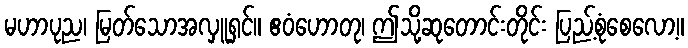
မဟာပုည၊ မြတ်သောအလှူရှင်။ ဧဝံဟောတု၊ ဤသို့ဆုတောင်းတိုင်း ပြည့်စုံစေလော့။